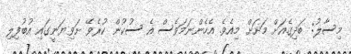
މިސާލު: ބަދިގެއަށް މަށަށް މިއެވެ. އެހެންނަމަވެސް އެ ސުކުން ކުރެވޭ ށަވިޔަނީގައި އުބުފިލި